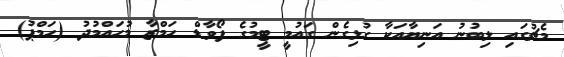
މެޗުގައި ލިބުނު އަނިޔާއަކާ ގުޅިގެން ގައުމީ ޓީމުގެ ފޯވާޑް ހަމްޒާ މުހައްމުދު (ހަމްޕު)